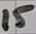
Text: 15